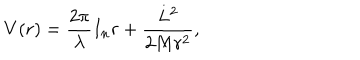
LaTeX: V ( r ) = \frac { 2 \pi } { \lambda } I _ { n } r + \frac { L ^ { 2 } } { 2 M r ^ { 2 } } ,